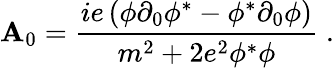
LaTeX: \mathbf{A}_{0}={\frac{{ie\left(\phi\partial_{0}\phi^{*}-\phi^{*}\partial_{0}\phi\right)}}{{m^{2}+2e^{2}\phi^{*}\phi}}}\; .